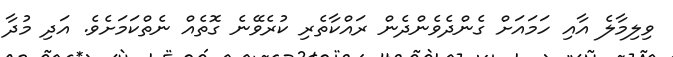
ވިލިމާލެ އާއި ހަމައަށް ގެންދެވެންދެން ރައްކާތެރި ކުރެވޭނެ ގޮތެއް ނެތްކަމަށެވެ. އަދި މުދާ